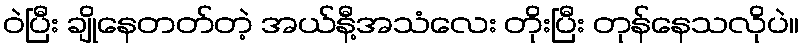
ဝဲပြီး ချိုနေတတ်တဲ့ အယ်နီ့အသံလေး တိုးပြီး တုန်နေသလိုပဲ။